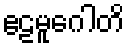
ဧဠမူဂေါတိ